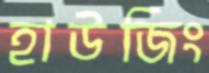
হাউজিং